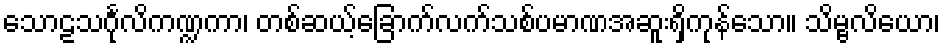
သောဠသင်္ဂုလိကဏ္ဍကာ၊ တစ်ဆယ့်ခြောက်လက်သစ်ပမာဏအဆူးရှိကုန်သော။ သိမ္ဗလိယော၊